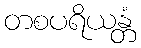
တစပရိယန္တံ